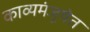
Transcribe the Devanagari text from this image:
काव्यमंजूषेत